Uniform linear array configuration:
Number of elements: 12
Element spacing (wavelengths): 0.5
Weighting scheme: hann
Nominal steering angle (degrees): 0
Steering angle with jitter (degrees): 0.5381
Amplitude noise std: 0.05
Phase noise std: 0.05

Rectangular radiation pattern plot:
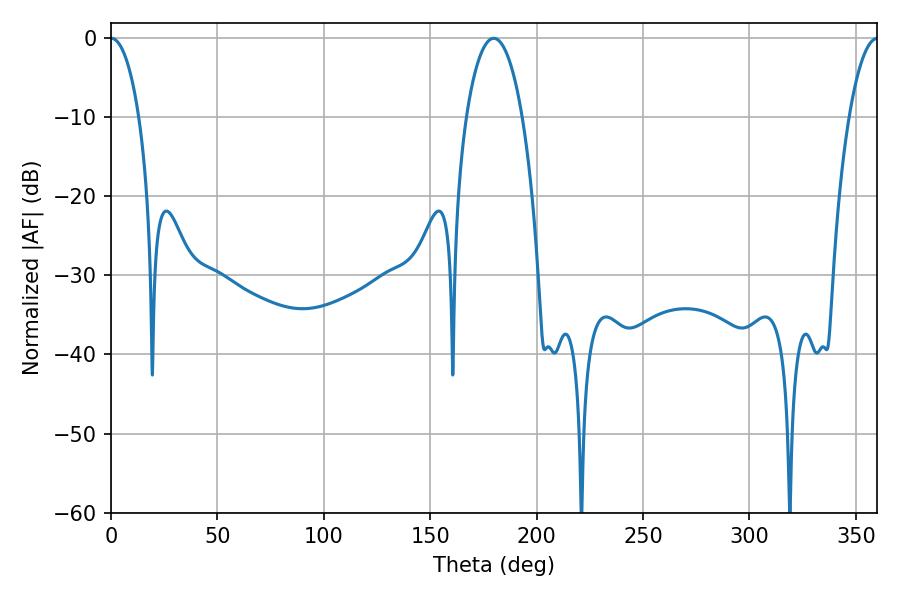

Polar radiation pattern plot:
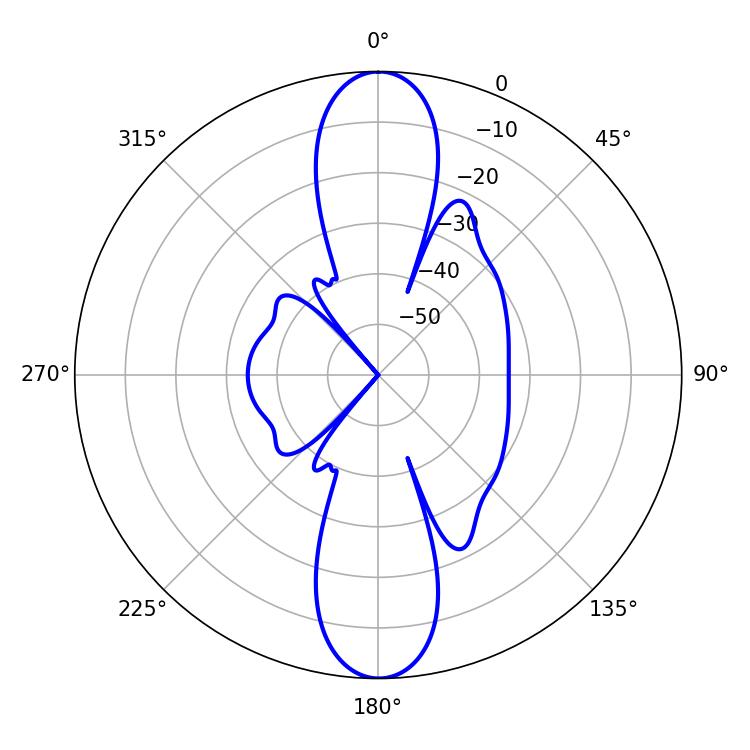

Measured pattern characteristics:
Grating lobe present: FALSE
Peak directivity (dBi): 30.493
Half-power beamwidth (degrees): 7.56
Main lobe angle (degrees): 0.18